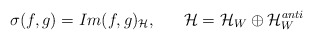
\begin{align*}\sigma (f,g) =Im(f,g)_{\cal H} ,~~~~~ {\cal H} ={\cal H}_W\oplus {\cal H}_W^{anti}\end{align*}